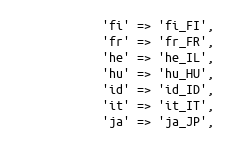
Language: PHP
			'fi' => 'fi_FI',
			'fr' => 'fr_FR',
			'he' => 'he_IL',
			'hu' => 'hu_HU',
			'id' => 'id_ID',
			'it' => 'it_IT',
			'ja' => 'ja_JP',